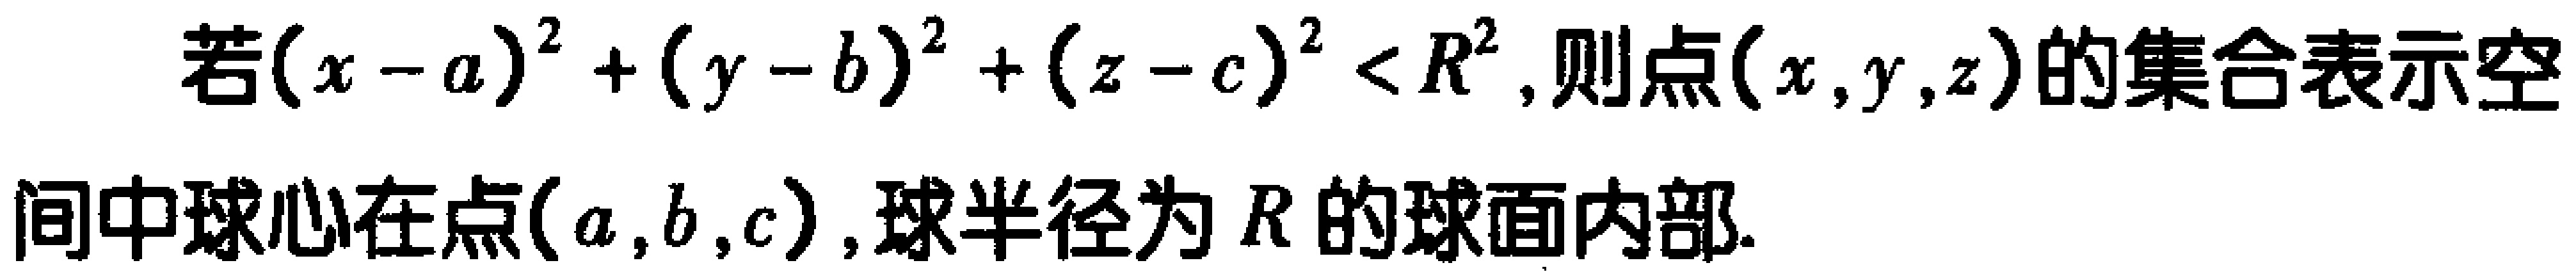
若\((x - a)^{2} + (y - b)^{2} + (z - c)^{2} < R^{2}\),则点\((x,y,z)\)的集合表示空间中球心在点\((a,b,c)\),球半径为\(R\)的球面内部.